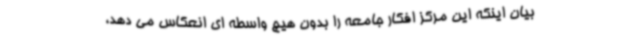
بیان اینکه این مرکز افکار جامعه را بدون هیچ واسطه ای انعکاس می دهد،